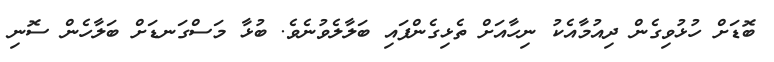
ބޮޑަށް ހުޅުވިގެން ދިއުމާއެކު ނިހާއަށް ތެޅިގެންފައި ބަލާލެވުނެވެ. ބުޅާ މަސްގަނޑަށް ބަލާހެން ސޮނި